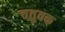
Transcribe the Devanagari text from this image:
चतुवक